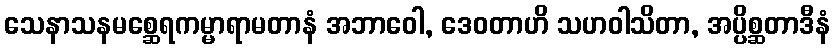
သေနာသနမစ္ဆေရကမ္မာရာမတာနံ အဘာဝေါ, ဒေဝတာဟိ သဟဝါသိတာ, အပ္ပိစ္ဆတာဒီနံ